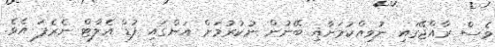
ވެސް ރާއްޖޭގައި ނުވިއްކުމަށާއި ބޭނުން ނުކުރުމަށް އަންގައި ފުޑް އެލާޓް ނެރެފަ އެވެ.